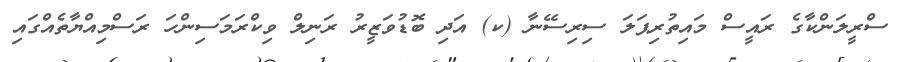
ސްރީލަންކާގެ ރައީސް މައިތުރިޕަލަ ސިރިސޭނާ (ކ) އަދި ބޮޑުވަޒީރު ރަނިލް ވިކްރަމަސިންހަ ރަސްމިއްޔާތެއްގައި